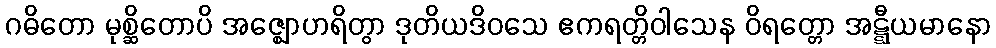
ဂဓိတော မုစ္ဆိတောပိ အဇ္ဈောဟရိတွာ ဒုတိယဒိဝသေ ဧကရတ္တိဝါသေန ဝိရတ္တော အဋ္ဋီယမာနော